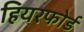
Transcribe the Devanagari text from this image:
हियरफोर्ड